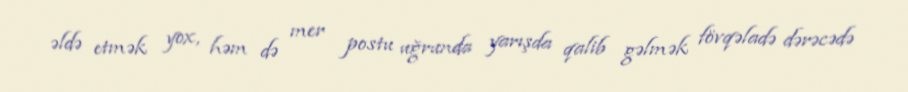
əldə etmək yox, həm də mer postu uğrunda yarışda qalib gəlmək fövqəladə dərəcədə